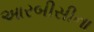
આરબીસીના